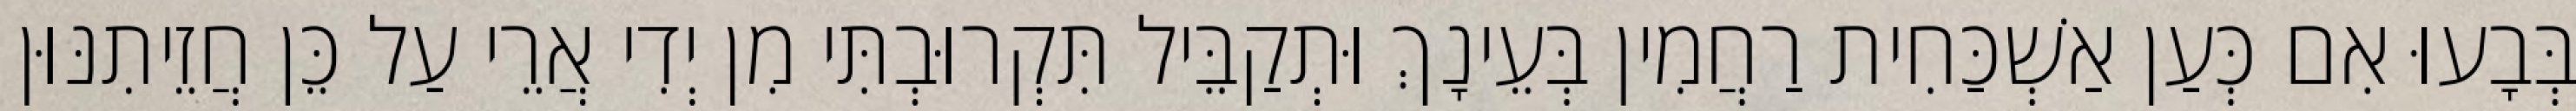
בְּבָעוּ אִם כְּעַן אַשְׁכַּחִית רַחֲמִין בְּעֵינָךְ וּתְקַבֵּיל תִּקְרוּבְתִּי מִן יְדִי אֲרֵי עַל כֵּן חֲזֵיתִנּוּן